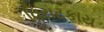
વિરાટકાય